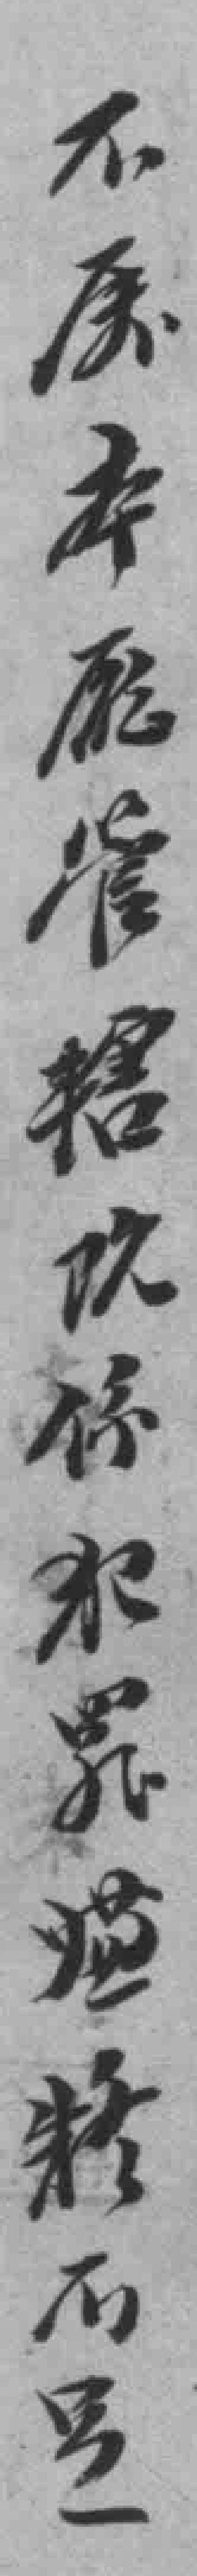
不*本廳管辖院係來*